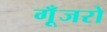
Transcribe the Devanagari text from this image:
गूँजरो